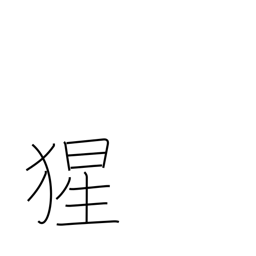
Meaning: orangutan